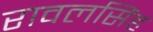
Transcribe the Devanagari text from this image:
रावलसिंह